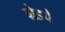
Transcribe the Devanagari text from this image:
ग्रेडचे